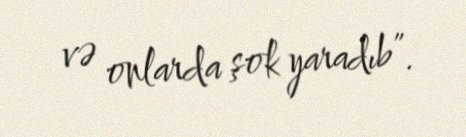
və onlarda şok yaradıb”.